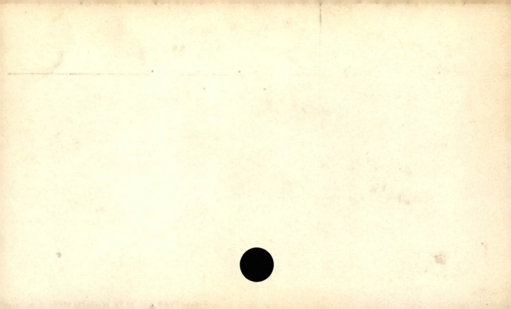
Label: blank